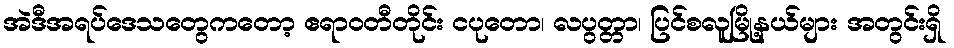
အဲဒီအရပ်ဒေသတွေကတော့ ဧရာဝတီတိုင်း ငပုတော၊ လပွတ္တာ၊ ပြင်စလူမြို့နယ်များ အတွင်းရှိ